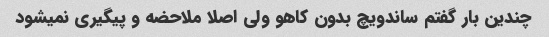
چندین بار گفتم ساندویچ بدون کاهو ولی اصلا ملاحضه و پیگیری نمیشود